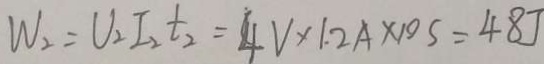
W _ { 2 } = U _ { 2 } I _ { 2 } t _ { 2 } = 4 V \times 1 . 2 A \times 1 0 S = 4 8 J